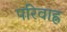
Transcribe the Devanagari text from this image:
परिवाह्न